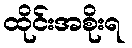
ထိုင်းအစိုးရ